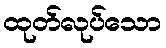
ထုတ်လုပ်သော